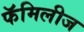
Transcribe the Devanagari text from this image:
फॅमिलीज